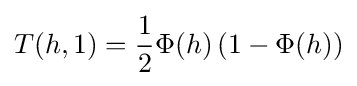
T(h,1)={\frac {1}{2}}\Phi (h)\left(1-\Phi (h)\right)